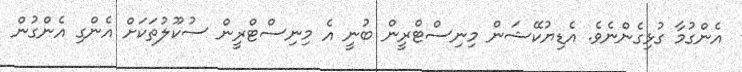
އެންގުމާ ގުޅިގެންނެވެ. އެޑިޔުކޭޝަން މިނިސްޓްރީން ބުނީ އެ މިނިސްޓްރީން ސުކޫލުތަކަށް އެންގި އެންގުން